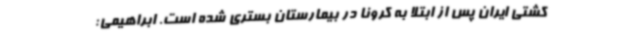
کشتی ایران پس از ابتلا به کرونا در بیمارستان بستری شده است. ابراهیمی: